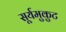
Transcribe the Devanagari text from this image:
सूर्यमुकुट